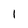
Character: 1